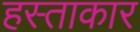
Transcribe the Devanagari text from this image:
हस्ताकार